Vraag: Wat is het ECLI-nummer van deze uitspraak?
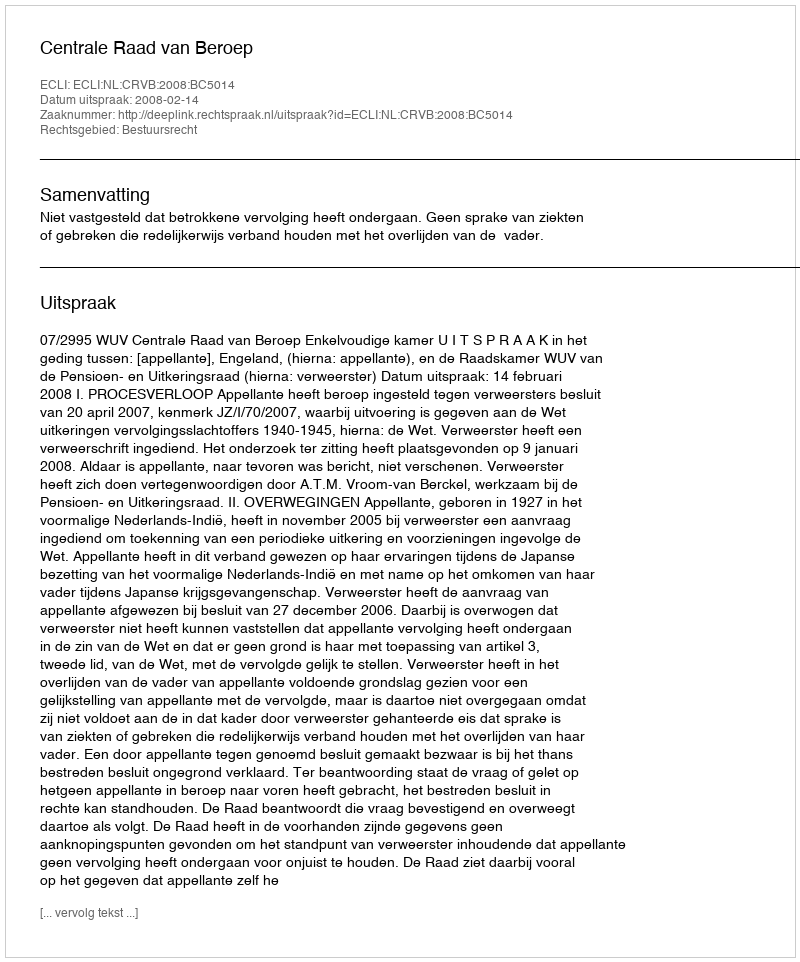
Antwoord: ECLI:NL:CRVB:2008:BC5014